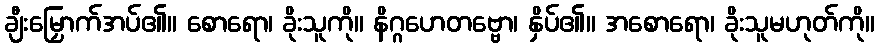
ချီးမြှောက်အပ်၏။ စောရော၊ ခိုးသူကို။ နိဂ္ဂဟေတဗ္ဗော၊ နှိပ်၏။ အစောရော၊ ခိုးသူမဟုတ်ကို။